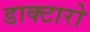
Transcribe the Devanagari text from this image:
डाक्टारो